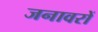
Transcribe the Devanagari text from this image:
जनावरों